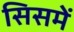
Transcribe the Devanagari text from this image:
सिसमें